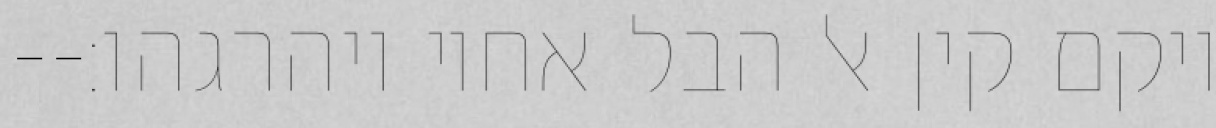
ויקם קין אל הבל אחיו ויהרגהו׃--